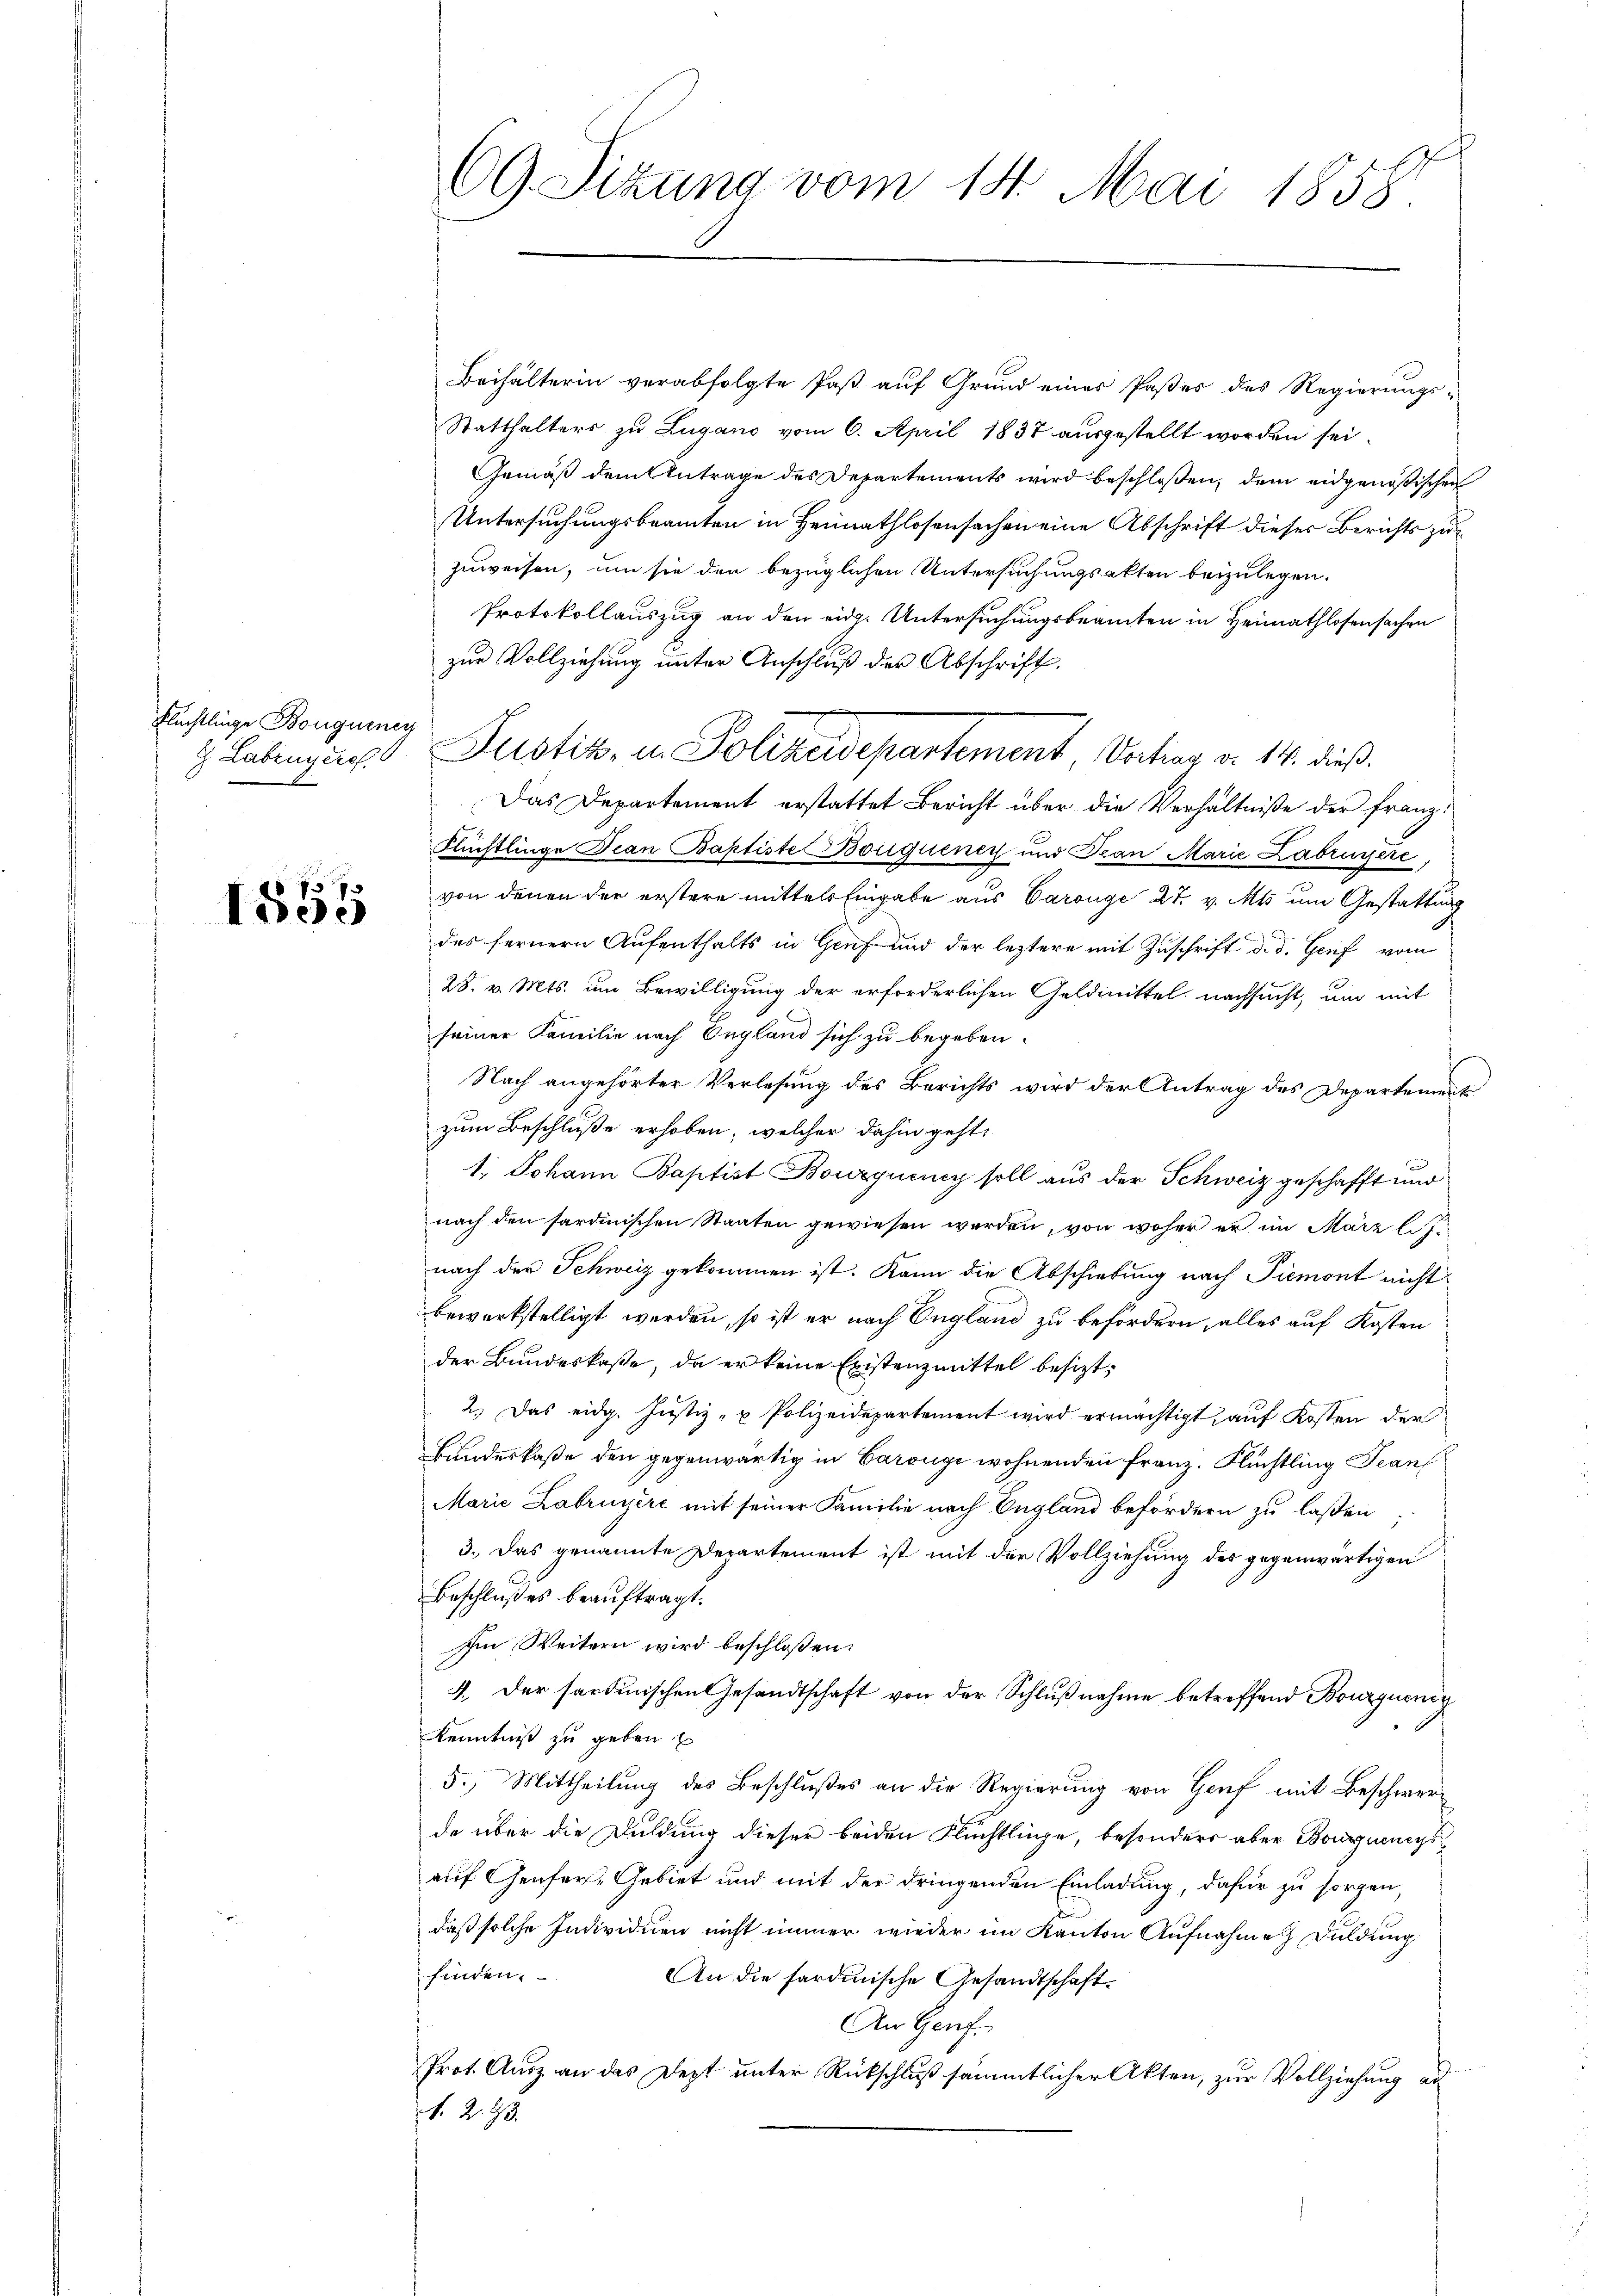
Flüchtlinge Bouguenig
 Labengere

1555

69. Sizung vom 14. Mai 1858.

Beihälterin verabfolgte Paß auf Grund eines Paßes des Regierungs¬
Statthalters zu Lugano vom 6. April 1837 ausgestellt worden sei.
Gemäß dem Antrage des Departements wird beschloßen, dem eidgenößischen
Untersuchungsbeamten in Heimathlosensachen eine Abschrift dieser Berichts zuzuweisen, um sie den bezüglichen Untersuchungsakten beizulegen.
Protokollauszug an den eid. Untersuchungsbeamten in Heimathlosensachen
zur Vollziehung unter Anschluß der Abschrift.
Das Departement erstattet Bericht über die Verhältniße der Franz:
Flüchtlinge Jean Baptiste Bouquency und Tran Marie Labruyere
von denen der erstere mittels Eingabe aus Carouge 27. v. Mts um Gestattung
des fernern Aufenthalts in Genf und der leztere mit Zuschrift d. d. Genf vom
28. v. Mts. um Bewilligung der erforderlichen Geldmittel nachsucht, um mit
seiner Familie nach Ongland sich zu begeben.
Nach angehörter Verlesung des Berichts wird der Antrag des Departement
zum Beschluße erhoben, welcher dahin geht,
1. Johann Baptist Bourquenz soll aus der Schweiz geschafft und
nach den sardinischen Staaten gewiesen werden, von woher er im März l. J.
nach der Schweiz gekommen ist. Kann die Abschiebung nach Piemont nicht
bewerkstelligt werden, so ist er nach England zu befördern, alles auf Kosten
der Bundeskasse, da er keine Existenzmittel besizt¬
2.) Das eidg. Justiz- u Polizeidepartement wird ermächtigt, auf Kosten der
Bundeskaße den gegenwärtig in Barongi wohnenden Franz. Flüchtling Jean
Marie Labruyère mit seiner Familie nach England befördern zu laßen;
3. Das genannte Departement ist mit der Vollziehung des gegenwärtigen
Beschlußes beauftragt.
Im Weitern wird beschloßen:
4. Der sardinischen Gesandtschaft von der Schlußnahme betreffend Bourquenig
Kenntniß zu geben
5.) Mittheilung des Beschlußes an die Regierung von Genf mit Beschwerde über die Duldung dieser beiden Flüchtlinge, besonders aber Bougnungs
auf Genfer-Gebiet und mit der dringenden Einladung, dafür zu sorgen,
daß solche Individuen nicht immer wieder im Kanton Aufnahme Duldung
finden.
An die sardinische Gesandtschaft.
An Genf.
Prot. Ausz an das Jezt unter Rückschluß sämmtlicher Akten, zur Vollziehung ad
1. 2. 23.

Justiz, u. Polizeidepartement, Vertrag v. 14. dieß¬